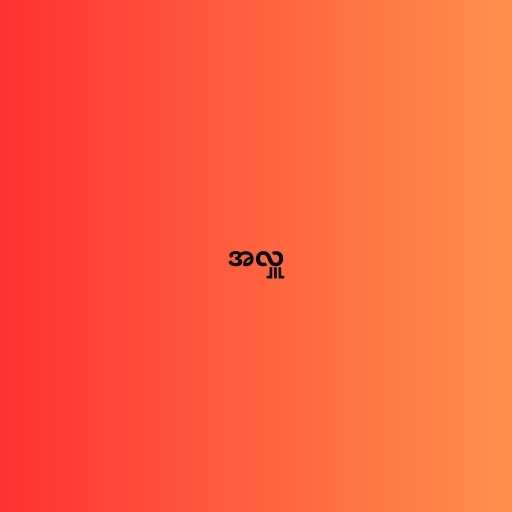
အလှူ